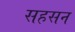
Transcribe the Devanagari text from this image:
सहसन